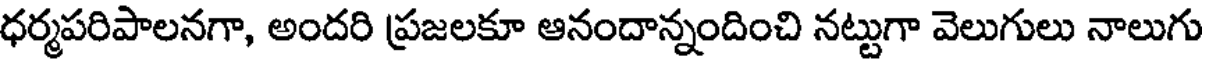
ధర్మపరిపాలనగా, అందరి ప్రజలకూ ఆనందాన్నందించి నట్టుగా వెలుగులు నాలుగు